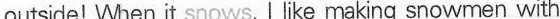
outside! When it snows, I like making snowmen with